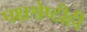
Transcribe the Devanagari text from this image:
पक्षश्रेष्ठीही